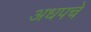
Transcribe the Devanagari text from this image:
अधपचे